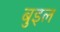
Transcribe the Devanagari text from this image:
बुइल